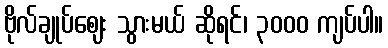
ဗိုလ်ချုပ်ဈေး သွားမယ် ဆိုရင်၊ ၃၀၀၀ ကျပ်ပါ။